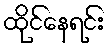
ထိုင်နေရင်း